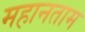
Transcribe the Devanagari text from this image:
महानताम